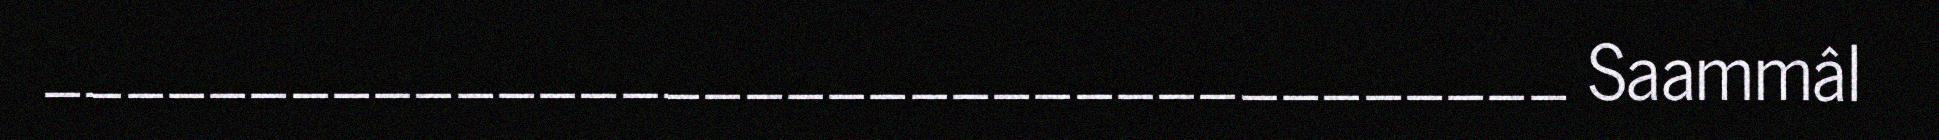
_____________________________________ Saammâl